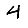
Digit: 4